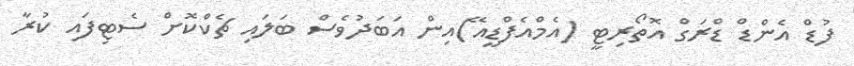
ފުޑް އެންޑް ޑްރަގް އޮތޯރިޓީ (އެމްއެފްޑީއޭ)އިން އަބަދުވެސް ބަލައި ޗެކްކޮށް ސެޓިފައި ކުރާ